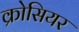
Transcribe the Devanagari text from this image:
क्रोसियर